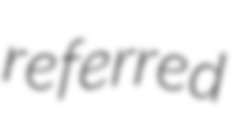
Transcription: referred